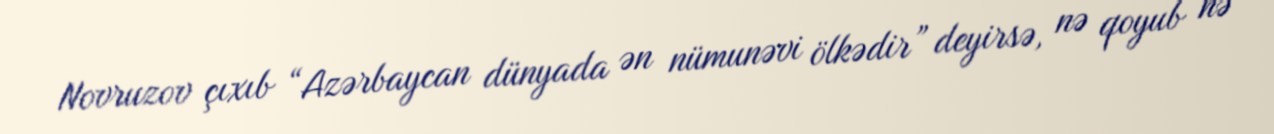
Novruzov çıxıb “Azərbaycan dünyada ən nümunəvi ölkədir” deyirsə, nə qoyub nə